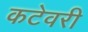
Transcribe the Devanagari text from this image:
कटेवरी